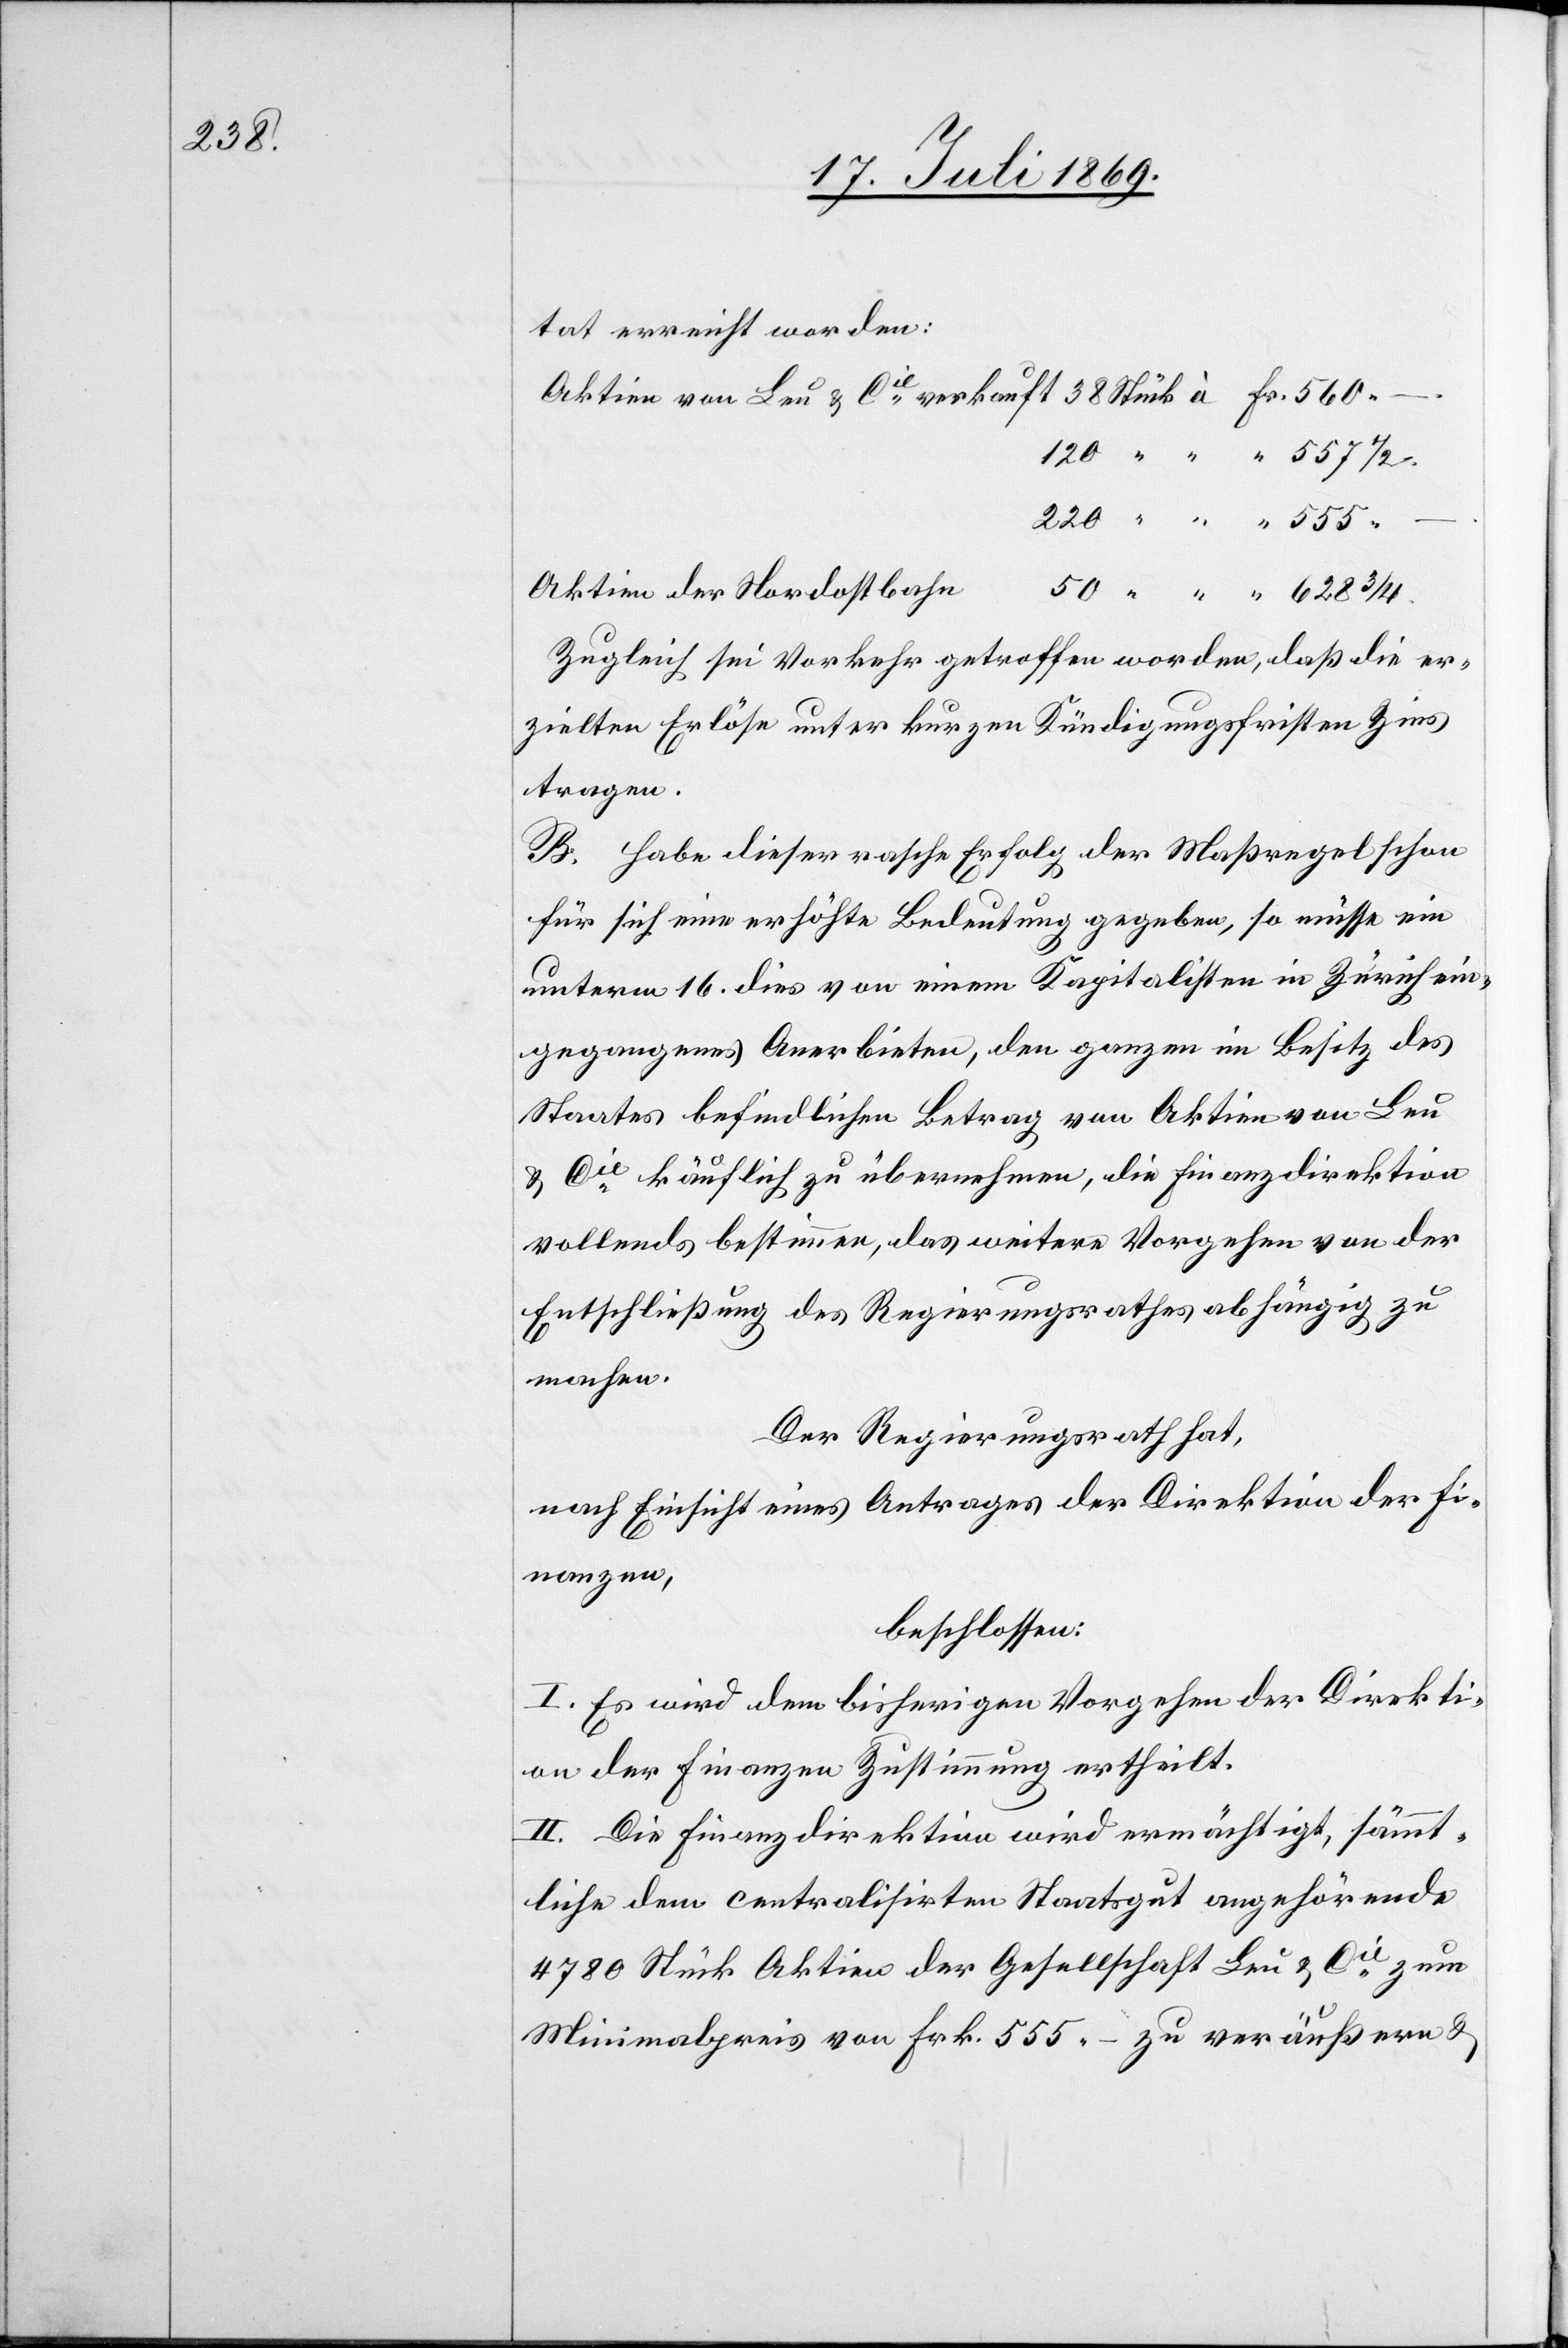
tat erreicht worden:
Aktien von Leu u. Cie verkauft 38 Stück à Fr. 560.
Aktien der Nordostbahn
Zugleich sei Vorkehr getroffen worden, daß die er¬
zielten Erlöse unter kurzen Kündigungsfristen Zins
tragen.
B. Habe dieser rasche Erfolg der Maßregel schon
für sich eine erhöhte Bedeutung gegeben, so müsse ein
unterm 16 dies von einem Kapitalisten in Zürich ein¬
gegangenes Anerbieten, den ganzen im Besitz des
Staates befindlichen Betrag von Aktien von Leu
u. Cie käuflich zu übernehmen, die Finanzdirektion
vollends bestimme, das weitere Vorgehen von der
Entschließung des Regierungsrathes abhängig zu
machen.
Der Regierungsrath hat,
nach Einsicht eines Antrages der Direktion der Fi¬
nanzen,
beschlossen:
I. Es wird dem bisherigen Vorgehen der Direkti¬
on der Finanzen Zustimmung ertheilt.
II. Die Finanzdirektion wird ermächtigt, sämmt¬
liche dem centralisirten Staatsgut angehörende
4780 Stück Aktien der Gesellschaft Leu u. Cie zum
Minimalpreis von Frk. 555.– zu veräußern u.